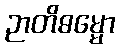
ဉာတိဓမ္မော